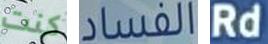
كنت الفساد Rd